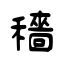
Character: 穡